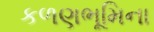
કળણભૂમિના